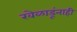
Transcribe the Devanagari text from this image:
खेळाडूंनाही